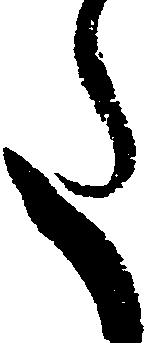
た